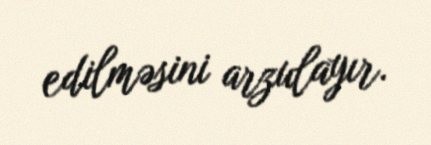
edilməsini arzulayır.